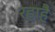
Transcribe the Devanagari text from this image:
रहाहै